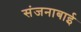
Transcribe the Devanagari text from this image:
संजनाबाई